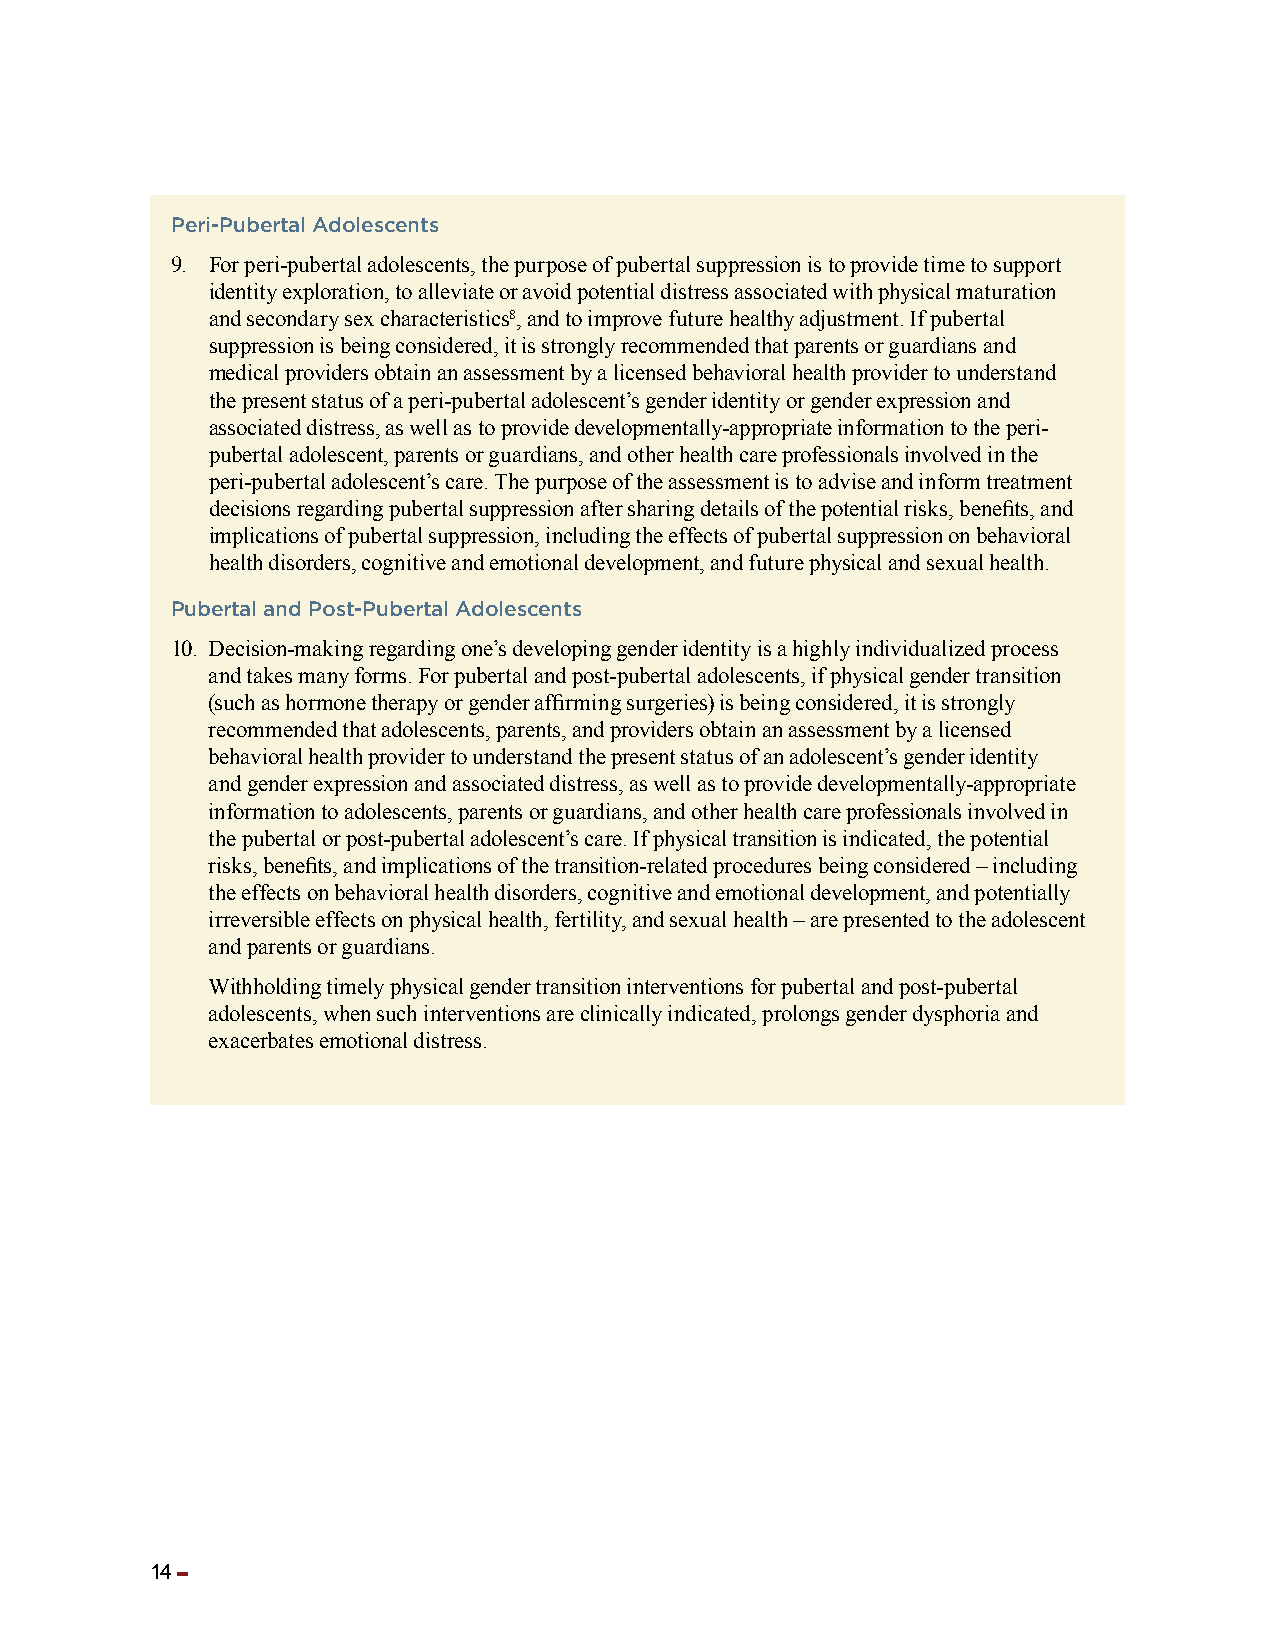
Peri-Pubertal Adolescents
 9. For peri-pubertal adolescents, the purpose of pubertal suppression is to provide time to support
 identity exploration, to alleviate or avoid potential distress associated with physical maturation
 and secondary sex characteristics8, and to improve future healthy adjustment. If pubertal
 suppression is being considered, it is strongly recommended that parents or guardians and
 medical providers obtain an assessment by a licensed behavioral health provider to understand
 the present status of a peri-pubertal adolescent’s gender identity or gender expression and
 associated distress, as well as to provide developmentally-appropriate information to the peri-
 pubertal adolescent, parents or guardians, and other health care professionals involved in the
 peri-pubertal adolescent’s care. The purpose of the assessment is to advise and inform treatment
 decisions regarding pubertal suppression after sharing details of the potential risks, benefits, and
 implications of pubertal suppression, including the effects of pubertal suppression on behavioral
 health disorders, cognitive and emotional development, and future physical and sexual health.
 Pubertal and Post-Pubertal Adolescents
 10. Decision-making regarding one’s developing gender identity is a highly individualized process
 and takes many forms. For pubertal and post-pubertal adolescents, if physical gender transition
 (such as hormone therapy or gender affirming surgeries) is being considered, it is strongly
 recommended that adolescents, parents, and providers obtain an assessment by a licensed
 behavioral health provider to understand the present status of an adolescent’s gender identity
 and gender expression and associated distress, as well as to provide developmentally-appropriate
 information to adolescents, parents or guardians, and other health care professionals involved in
 the pubertal or post-pubertal adolescent’s care. If physical transition is indicated, the potential
 risks, benefits, and implications of the transition-related procedures being considered – including
 the effects on behavioral health disorders, cognitive and emotional development, and potentially
 irreversible effects on physical health, fertility, and sexual health – are presented to the adolescent
 and parents or guardians.
 Withholding timely physical gender transition interventions for pubertal and post-pubertal
 adolescents, when such interventions are clinically indicated, prolongs gender dysphoria and
 exacerbates emotional distress.
 14 ▬